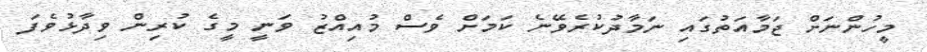
މީހުންނަށް ޖަމާއަތުގައި ނަމާދުކުރެވޭނެ ކަމަށް ވެސް މުއިއްޒު ވަނީ މީގެ ކުރިން ވިދާޅުވެފަ